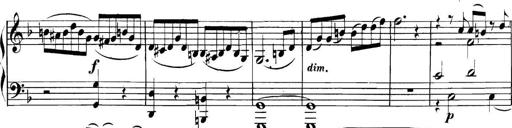
Title: Collected Piano Sonatas
Composer: Muzio Clementi